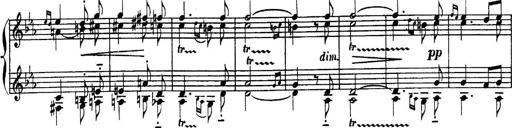
Title: Sonatina for Piano
Composer: BÃ©la BartÃ³k